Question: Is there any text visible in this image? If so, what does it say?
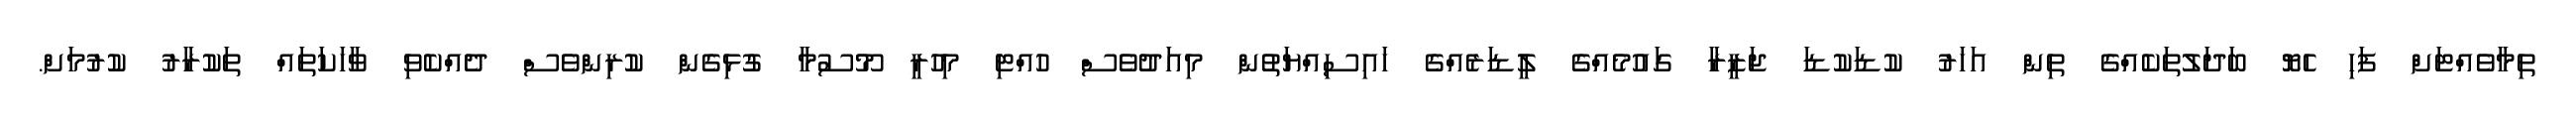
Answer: ތިމާވެއްޓަށް ފަހި ހެޔޮ ބަދަލުތަކެއްގެ ތިން އަހަރު ކުޑަކުޑަ ޖަޒީރާ ގައުމެއްގެ ލީޑަރެއްގެ ހައިސިއްޔަތުން މިއަދުވެސް ހުއްޓި މިހުރީ މޫސުމާ ގުޅިގެން ކުރިންވެސް ދެއްކެވި ވާހަކަތައް ތަކުރާރު ކުރުމަށް.